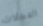
العجلات